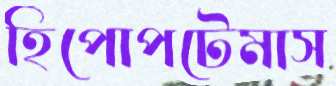
হিপোপটেমাস